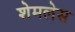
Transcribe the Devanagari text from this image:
शेमलेस